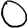
Digit: 0